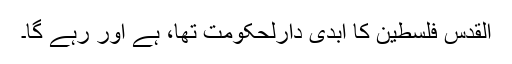
القدس فلسطین کا ابدی دارلحکومت تھا، ہے اور رہے گا۔